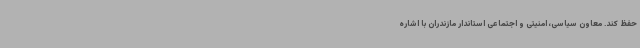
حفظ کند. معاون سیاسی، امنیتی و اجتماعی استاندار مازندران با اشاره